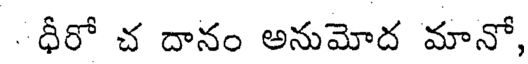
ధీరో చ దానం అనుమోద మానో,